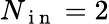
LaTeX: N_{\mathrm{~i~n~}}=2